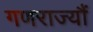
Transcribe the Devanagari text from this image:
गणराज्यौं